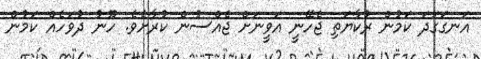
އަނގަގަދަ ކަމުން ރުކާޔަތި ޖެހޭނީ އަވީނަށް ޖެއްސުން ކުރާށެވެ. ހޫނު ދުވަހެއް ކަމުން